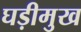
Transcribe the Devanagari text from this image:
घड़ीमुख